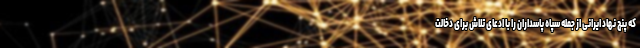
که پنج نهاد ایرانی از جمله سپاه پاسداران را با ادعای تلاش برای دخالت